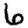
Digit: 6